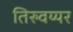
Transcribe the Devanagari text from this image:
तिरुवय्यर